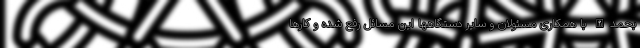
بحمدالله با همکاری مسئولان و سایر دستگاهها این مسائل رفع شده و کارها